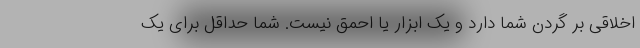
اخلاقی بر گردن شما دارد و یک ابزار یا احمق نیست. شما حداقل برای یک